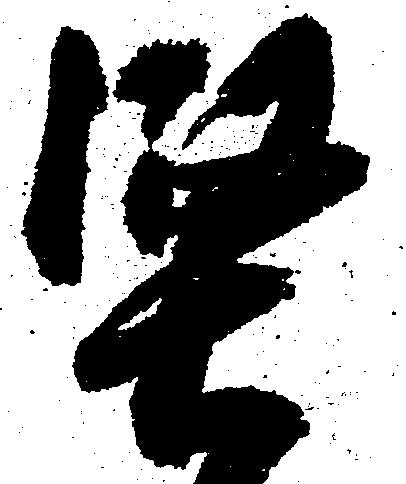
堅